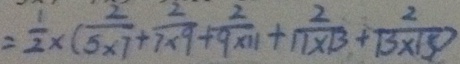
= \frac { 1 } { 2 } \times ( \frac { 2 } { 5 \times 7 } + \frac { 2 } { 7 \times 9 } + \frac { 2 } { 9 \times 1 1 } + \frac { 2 } { 1 1 \times 1 3 } + \frac { 2 } { 1 3 \times 1 5 } )